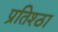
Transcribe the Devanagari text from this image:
प्रतिश्ठा